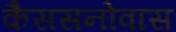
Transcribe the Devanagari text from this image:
कैससनोवास